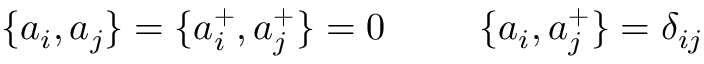
\{ a _ { i } , a _ { j } \} = \{ a _ { i } ^ { + } , a _ { j } ^ { + } \} = 0 \; \; \; \; \; \: \; \; \; \{ a _ { i } , a _ { j } ^ { + } \} = \delta _ { i j }